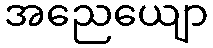
အညေယျော